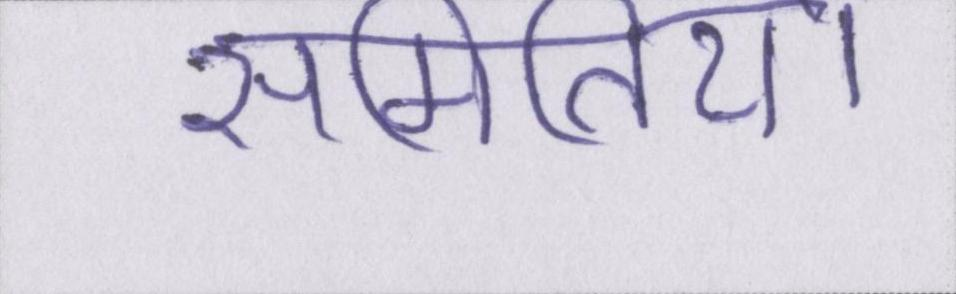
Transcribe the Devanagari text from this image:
समितियों